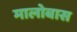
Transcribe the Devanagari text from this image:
मालोबास